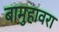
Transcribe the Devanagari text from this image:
बामुहावरा